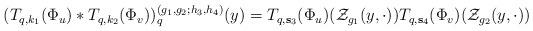
LaTeX: \begin{align*}\begin{aligned} (T_{q, k_1}(\Phi_u)*T_{q, k_2}(\Phi_v) )_{q}^{(g_1,g_2;h_3,h_4)} (y) =T_{q,\mathbf{s}_3}(\Phi_u) (\mathcal Z_{g_1} (y,\cdot) ) T_{q,\mathbf{s}_4}(\Phi_v) (\mathcal Z_{g_2} (y,\cdot) ) \end{aligned}\end{align*}